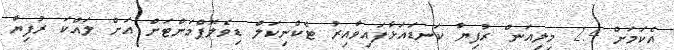
އެކަމަށް 2.4 މިލިއަން ރުފިޔާ ކަނޑައަޅާފައިވާއިރު ޓެކްނިކަލް ޑިވެލޮޕްމަންޓަށް އަަށް ލައްކަ ރުފިޔާ